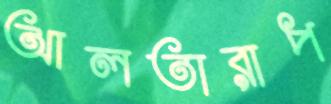
আলতারাপ